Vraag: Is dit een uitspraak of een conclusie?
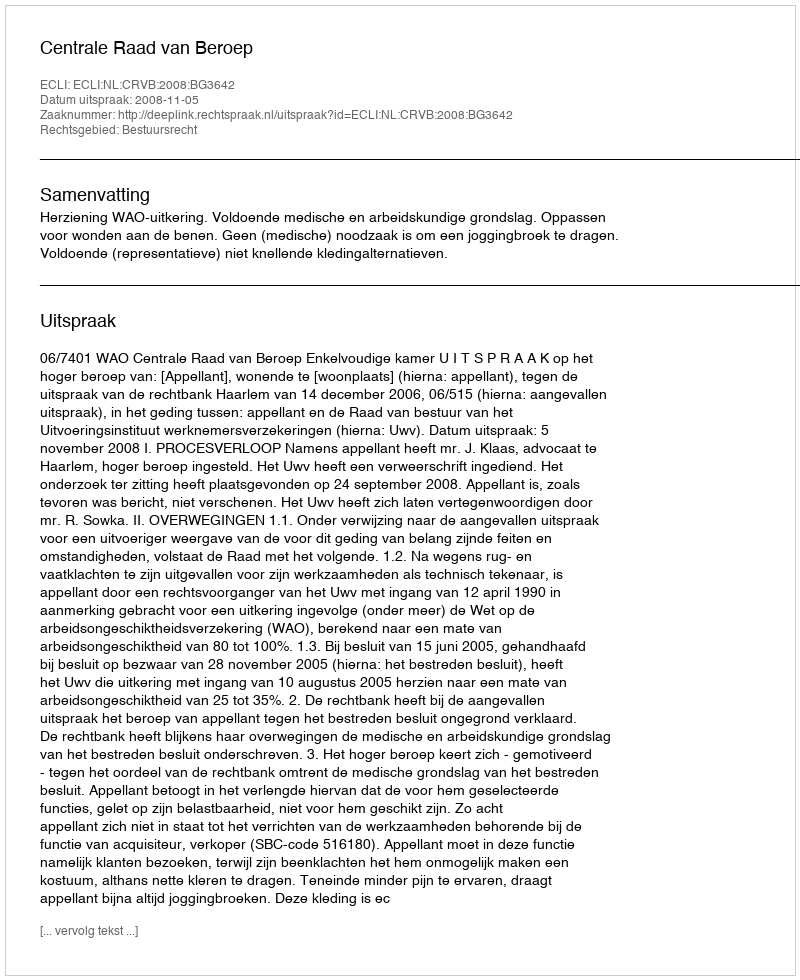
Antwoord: Uitspraak